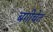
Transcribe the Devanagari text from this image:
बगीचेत